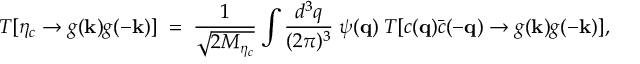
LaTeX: { \cal T } [ \eta _ { c } \to g ( { \bf k } ) g ( - { \bf k } ) ] \; = \; { \frac { 1 } { \sqrt { 2 M _ { \eta _ { c } } } } } \int { \frac { d ^ { 3 } q } { ( 2 \pi ) ^ { 3 } } } \; \psi ( { \bf q } ) \; { \cal T } [ c ( { \bf q } ) \bar { c } ( - { \bf q } ) \to g ( { \bf k } ) g ( - { \bf k } ) ] ,